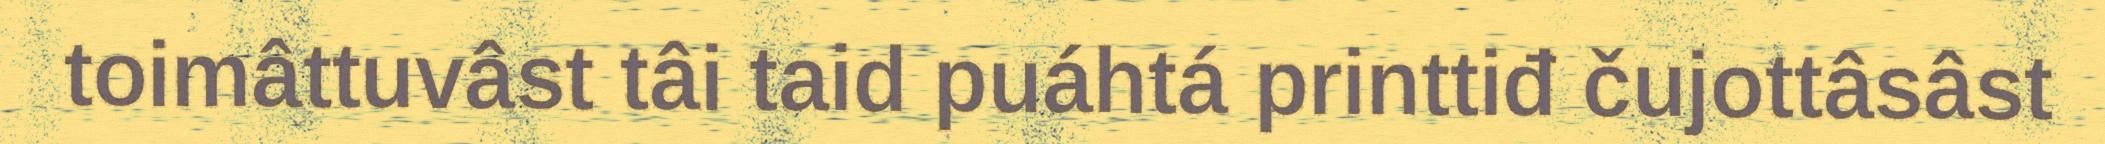
toimâttuvâst tâi taid puáhtá printtiđ čujottâsâst